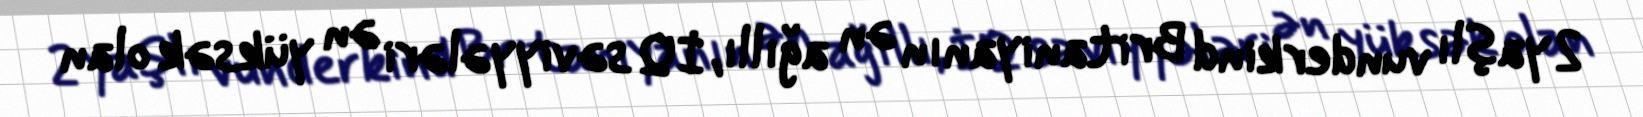
2 yaşlı vunderkind Britaniyanın ən ağıllı, İQ səviyyələri ən yüksək olan